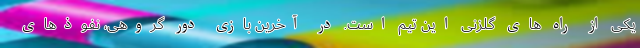
یکی از راه های گلزنی این تیم است. در آخرین بازی دور گروهی، نفوذهای